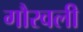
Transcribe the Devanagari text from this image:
गौरवली